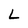
Character: L